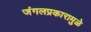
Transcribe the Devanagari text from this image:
जंगलप्रकारामुळे